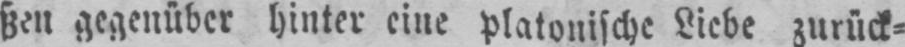
ßen gegenüber hinter eine platonische Liebe zurück⸗